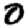
Digit: 0